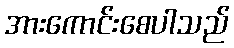
အားကောင်းစေပါသည်